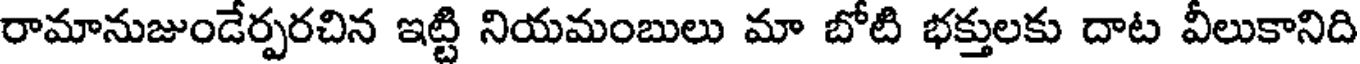
రామానుజుండేర్పరచిన ఇట్టి నియమంబులు మా బోటి భక్తులకు దాట వీలుకానిది